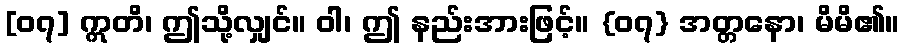
[၀၇] ဣတိ၊ ဤသို့လျှင်။ ဝါ၊ ဤ နည်းအားဖြင့်။ {၀၇} အတ္တနော၊ မိမိ၏။